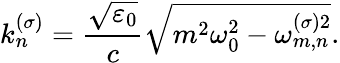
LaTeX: k_{n}^{(\sigma)}=\frac{\sqrt{\varepsilon_{0}}}{c}\sqrt{m^{2}\omega_{0}^{2}-\omega_{m,n}^{(\sigma)2}}.